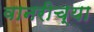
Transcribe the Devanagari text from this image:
वानरीच्या